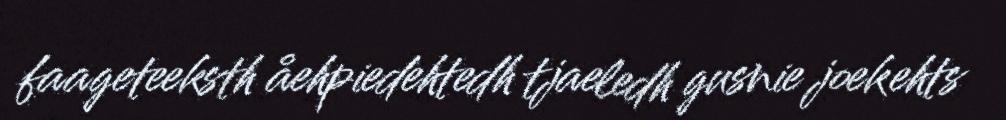
faageteeksth åehpiedehtedh tjaeledh gusnie joekehts